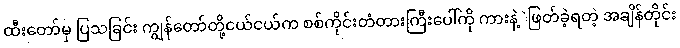
ထီးတော်မှ ပြသခြင်း ကျွန်တော်တို့ငယ်ငယ်က စစ်ကိုင်းတံတားကြီးပေါ်ကို ကားနဲ့ဲဖြတ်ခဲ့ရတဲ့ အချိန်တိုင်း